Vaccination in Bombay 1902-1912 - 1902-1912
Year: 1902
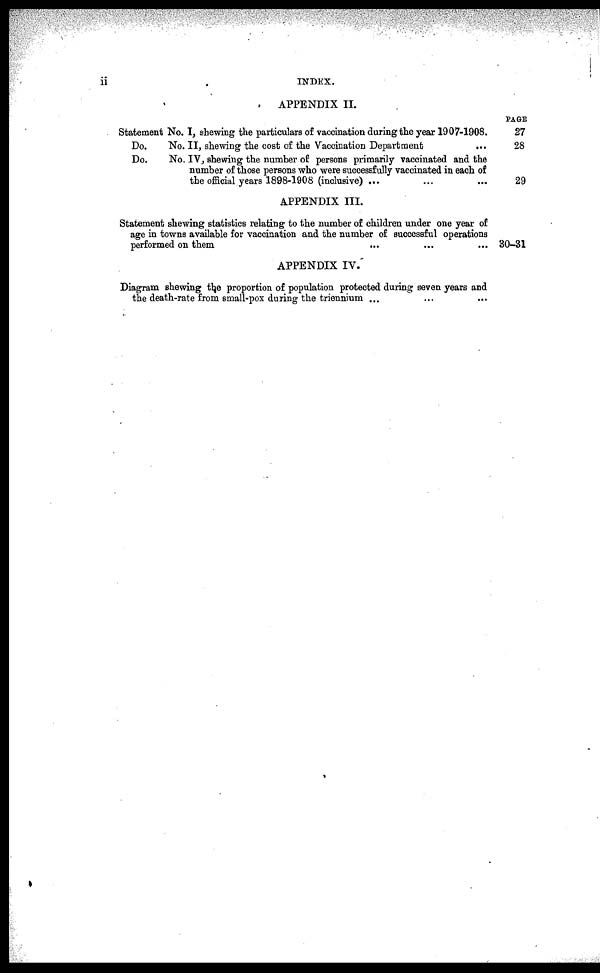
ii
INDEX.
APPENDIX II.
Statement No. I, shewing the particulars of vaccination during the year 1907-1908.
Do.
No. II, shewing the cost of the Vaccination Department ...
Do.
No. IV, shewing the number of persons primarily vaccinated and the
number of those persons who were successfully vaccinated in each of
the official years 1898-1908 (inclusive) ... ... ...
APPENDIX III.
Statement shewing statistics relating to the number of children under one year of
age in towns available for vaccination and the number of successful operations
performed on them
... ... ...
APPENDIX IV.
Diagram shewing the proportion of population protected during seven years and
the death-rate from small-pox during the triennium ... ... ...
PAGE
27
28
29
30-31